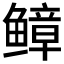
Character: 𫠒